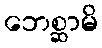
ဘေစ္ဆာမိ